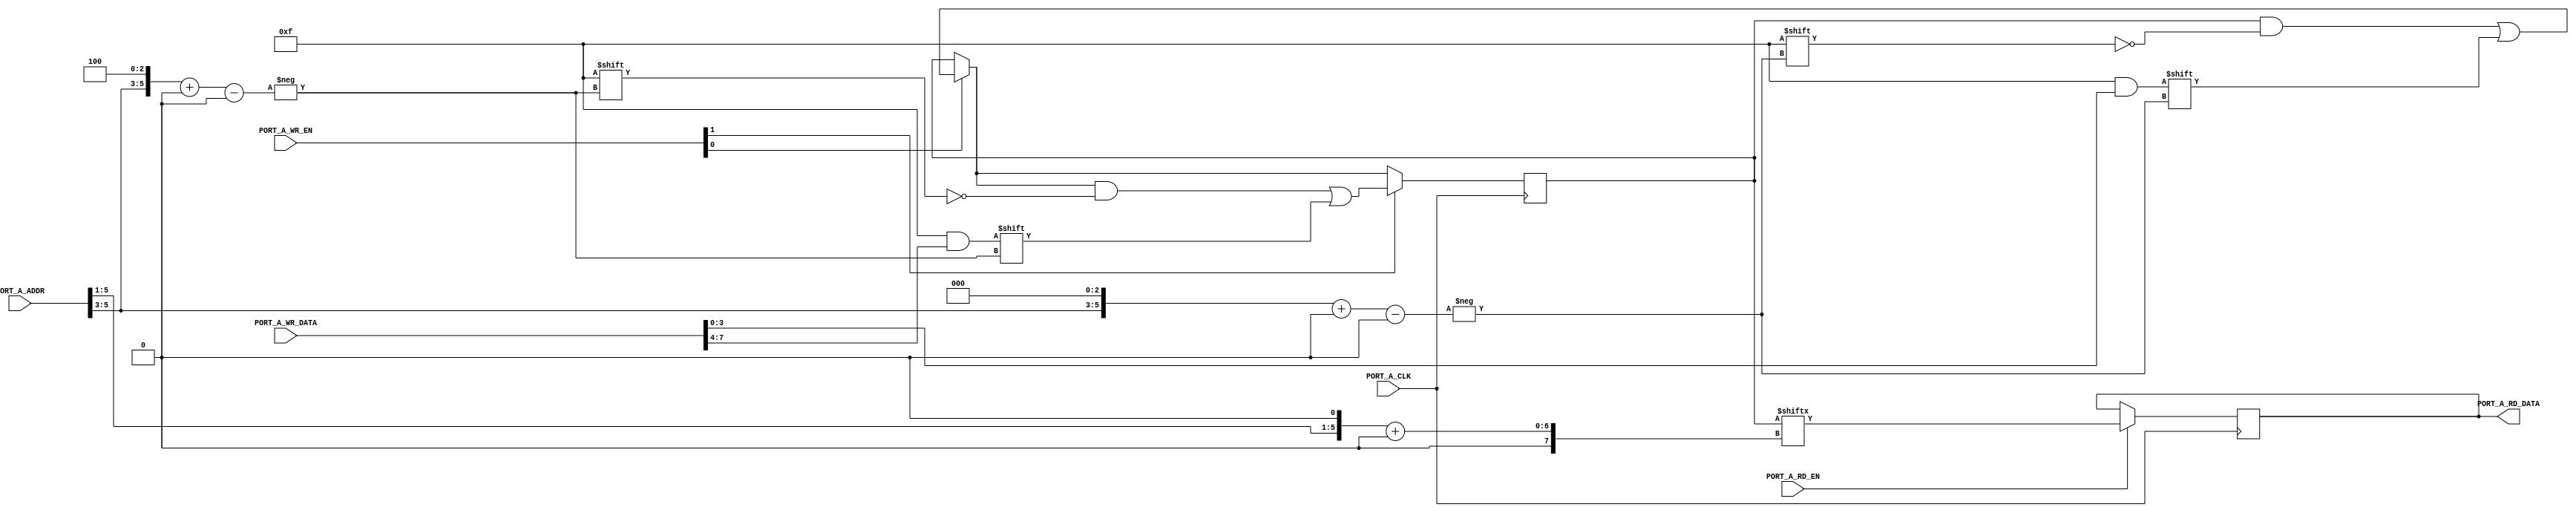
module RAM_WIDE_WRITE #(
	parameter [63:0] INIT = 64'hx,
	parameter PORT_A_RD_WIDTH = 2,
	parameter PORT_A_WR_WIDTH = 8,
	parameter PORT_A_WR_EN_WIDTH = 2
) (
	input PORT_A_CLK,
	input PORT_A_RD_EN,
	input [5:0] PORT_A_ADDR,
	output reg [1:0] PORT_A_RD_DATA,
	input [1:0] PORT_A_WR_EN,
	input [7:0] PORT_A_WR_DATA
);

reg [63:0] mem;

initial mem = INIT;

always @(posedge PORT_A_CLK) begin
	if (PORT_A_RD_EN)
		PORT_A_RD_DATA <= mem[{PORT_A_ADDR[5:1],1'b0}+:2];
	if (PORT_A_WR_EN[0])
		mem[{PORT_A_ADDR[5:3],3'b000}+:4] <= PORT_A_WR_DATA[3:0];
	if (PORT_A_WR_EN[1])
		mem[{PORT_A_ADDR[5:3],3'b100}+:4] <= PORT_A_WR_DATA[7:4];
end

endmodule